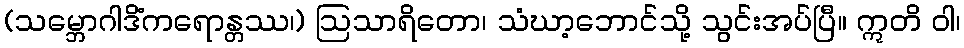
(သမ္ဘောဂါဒိံကရောန္တဿ၊) ဩသာရိတော၊ သံဃာ့ဘောင်သို့ သွင်းအပ်ပြီ။ ဣတိ ဝါ၊